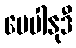
မေပါနုဒီ